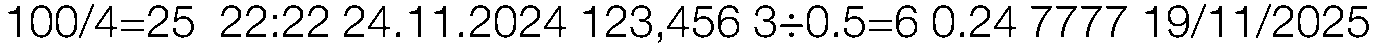
100/4=25  22:22 24.11.2024 123,456 3÷0.5=6 0.24 7777 19/11/2025